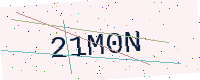
Text: 21M0N